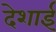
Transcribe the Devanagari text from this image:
देशाई